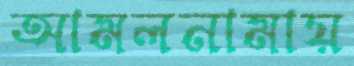
আমলনামায়